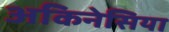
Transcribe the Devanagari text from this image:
अकिनेसिया